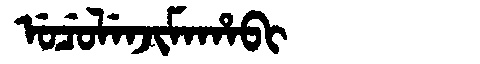
Manchu: ᡠᠴᡠᠯᡝᠨᠵᡳᠮᠠᡥᠠᠪᡳ
Romanization: UCULENJIMAHABI